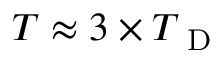
T \approx 3 \times T _ { \mathrm { ~ D ~ } }